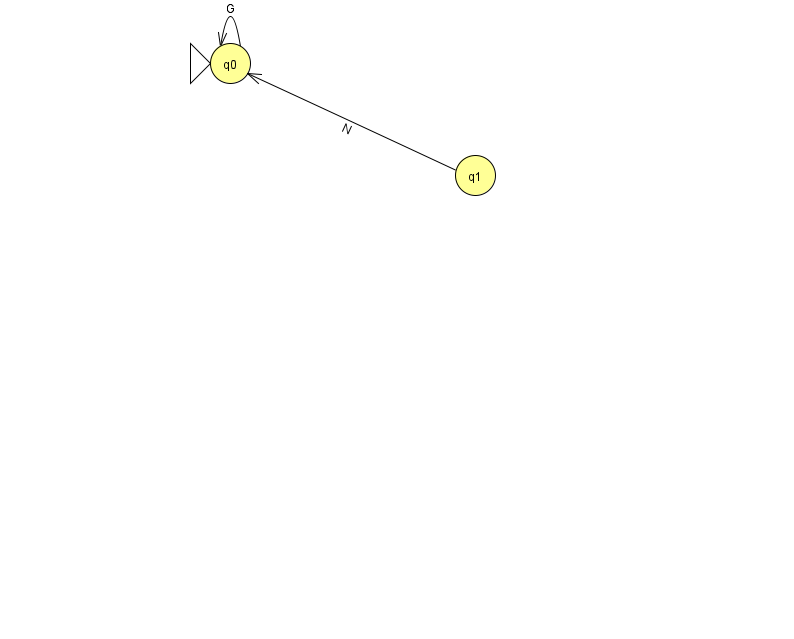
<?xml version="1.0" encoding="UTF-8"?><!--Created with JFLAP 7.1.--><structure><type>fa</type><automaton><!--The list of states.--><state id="0" name="q0"><x>230.0</x><y>50.0</y><initial/></state><state id="1" name="q1"><x>475.0</x><y>162.0</y></state><!--The list of transitions.--><transition><from>1</from><to>0</to><read>N</read></transition><transition><from>0</from><to>0</to><read>G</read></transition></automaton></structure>